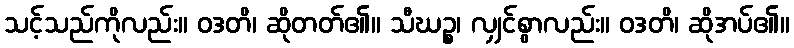
သင့်သည်ကိုလည်း။ ဝဒတိ၊ ဆိုတတ်၏။ သီဃဉ္စ၊ လျှင်စွာလည်း။ ဝဒတိ၊ ဆိုအပ်၏။